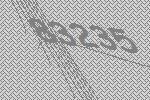
83235